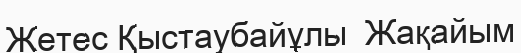
Жетес Қыстаубайұлы  Жақайым